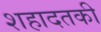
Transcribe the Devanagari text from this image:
शहादतकी